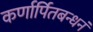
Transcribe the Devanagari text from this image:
कर्णार्पितबन्धनं